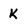
Character: K